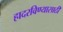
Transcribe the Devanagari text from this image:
हादरविण्यासाठी